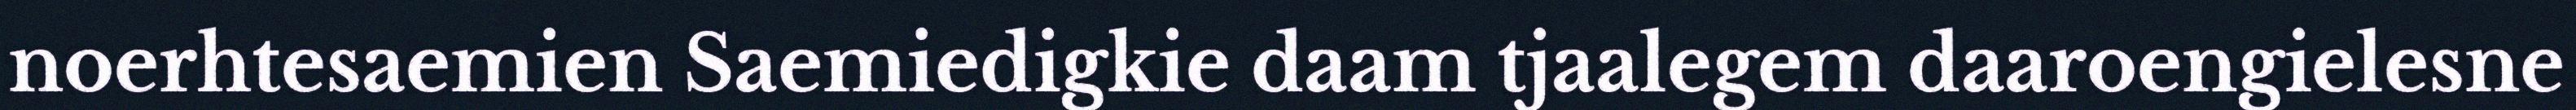
noerhtesaemien Saemiedigkie daam tjaalegem daaroengielesne